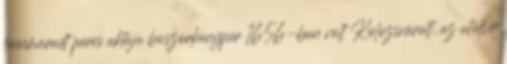
fennmaradt peres aktájú boszorkányper 1656-ban volt Kolozsvárott, az utolsó